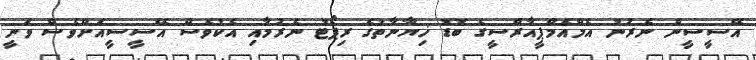
އޭސީސީން ނެރުނު އެމްއެމްޕީއާރްސީގެ ބޮޑު ޚިޔާނާތުގެ ރިޕޯޓު ނެރުމާއި އެކުވެސް އޭސީސީއަށްވެސް ވަނީ